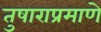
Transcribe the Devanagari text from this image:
तुषाराप्रमाणे